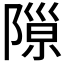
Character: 𨻩